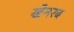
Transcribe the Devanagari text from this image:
खेनरब